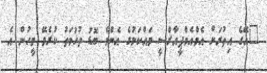
"އޭގެ އިތުރަށް އެމްއެމްޕީއާރްސީ ވައްކަމުގެ އެންމެ ބޮޑު ތުހުމަތު ކުރެވޭ މީހުން އެ